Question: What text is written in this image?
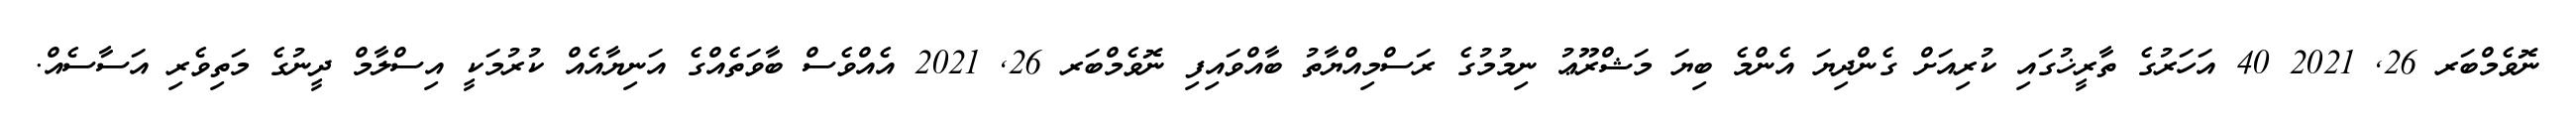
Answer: ނޮވެމްބަރ 26, 2021 40 އަހަރުގެ ތާރީޚުގައި ކުރިއަށް ގެންދިޔަ އެންމެ ބިޔަ މަޝްރޫޢު ނިމުމުގެ ރަސްމިއްޔާތު ބާއްވައިފި ނޮވެމްބަރ 26, 2021 އެއްވެސް ބާވަތެއްގެ އަނިޔާއެއް ކުރުމަކީ އިސްލާމް ދީނުގެ މަތިވެރި އަސާސެއް.